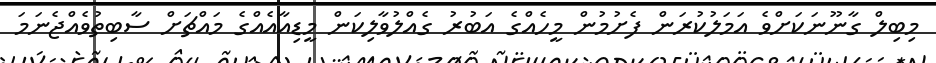
މިބިލް ގާނޫނަކަށްވެ އަމަލުކުރަން ފެށުމުން މީހެއްގެ އަބުރު ގެއްލުވާލިކަން މީޑިއާއެއްގެ މައްޗަށް ސާބިތުވެއްޖެނަމަ